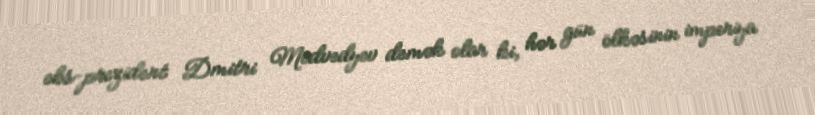
eks-prezident Dmitri Medvedyev demək olar ki, hər gün ölkəsinin imperiya